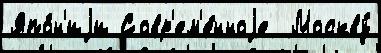
Япо́н'иjи Совр'ем'е́нноjе  Москву́